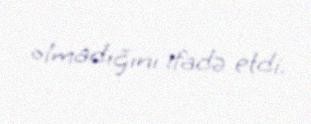
olmadığını ifadə etdi.